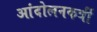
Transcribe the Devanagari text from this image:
आंदोलनकर्त्री